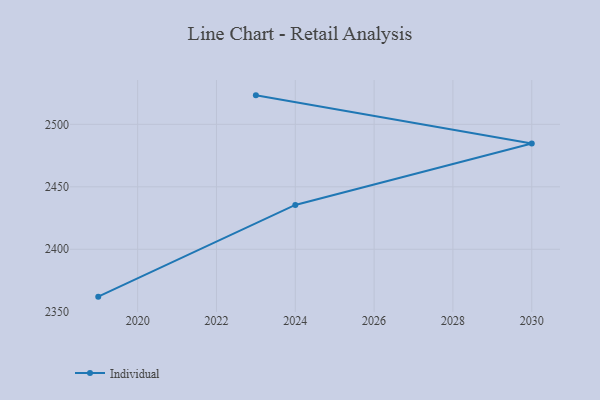
{"axis": {"x": "Year", "y": "Energy Usage (MWh)"}, "legend": ["Individual"], "data": [{"x": "2023", "y": 2523.2, "type": "Individual"}, {"x": "2030", "y": 2484.7, "type": "Individual"}, {"x": "2024", "y": 2435.5, "type": "Individual"}, {"x": "2019", "y": 2362.1, "type": "Individual"}]}